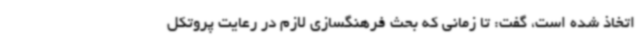
اتخاذ شده است، گفت: تا زمانی که بحث فرهنگسازی لازم در رعایت پروتکل